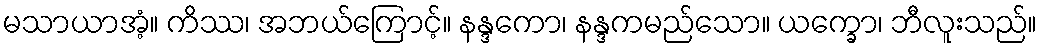
မသာယာအံ့။ ကိဿ၊ အဘယ်ကြောင့်။ နန္ဒကော၊ နန္ဒကမည်သော။ ယက္ခော၊ ဘီလူးသည်။